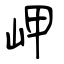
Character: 岬